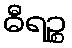
ဓီရဉ္စ